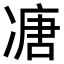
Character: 𠗶